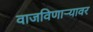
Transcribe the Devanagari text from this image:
वाजविणार्‍यावर